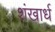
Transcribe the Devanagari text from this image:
शंखार्ध